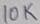
Text: 10K